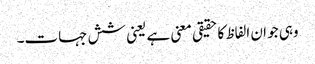
وہی جو ان الفاظ کا حقیقی معنی ہے یعنی شش جہات۔